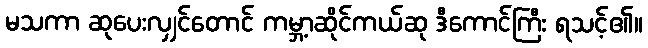
မသကာ ဆုပေးလျှင်တောင် ကမ္ဘာ့ဆိုင်ကယ်ဆု ဒီကောင်ကြီး ရသင့်၏။